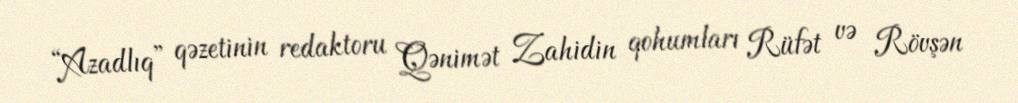
“Azadlıq” qəzetinin redaktoru Qənimət Zahidin qohumları Rüfət və Rövşən